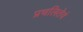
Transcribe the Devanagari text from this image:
प्रचलितेवं